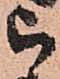
被